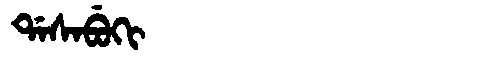
Manchu: ᡩᠠᠰᠠᠪᡠᡴᡳ
Romanization: DASABUKI